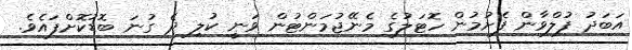
އަބަދު ފުލްވާން ފެށުމުން ހޮޓަލުގެ މެނޭޖުމަންޓުން ވަނީ ކުލި ދެ ގުނަ ބޮޑުކޮށްފައެވެ.